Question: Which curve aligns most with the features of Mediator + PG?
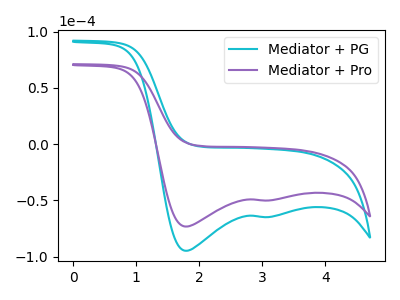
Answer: <think>The cyan curve "Mediator + PG" has cathodic peaks at (1.80V, -94.80uA) (3.10V, -64.75uA). The purple curve "Mediator + Pro" has cathodic peaks at (1.80V, -73.25uA) (3.10V, -50.05uA).
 All the peaks in "Mediator + PG" have a peak in "Mediator + Pro" at the same potential. Every peak in "Mediator + PG" is higher than every peak in "Mediator + Pro".</think>
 <answer>The CV with the most similar shape to "Mediator + Pro" is "Mediator + PG".</answer>
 <eval>"Mediator + PG"</eval>